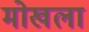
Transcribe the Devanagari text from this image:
मोखला